Statistics compiled by the Government of India from the reports of provincial Civil Veterinary Departments
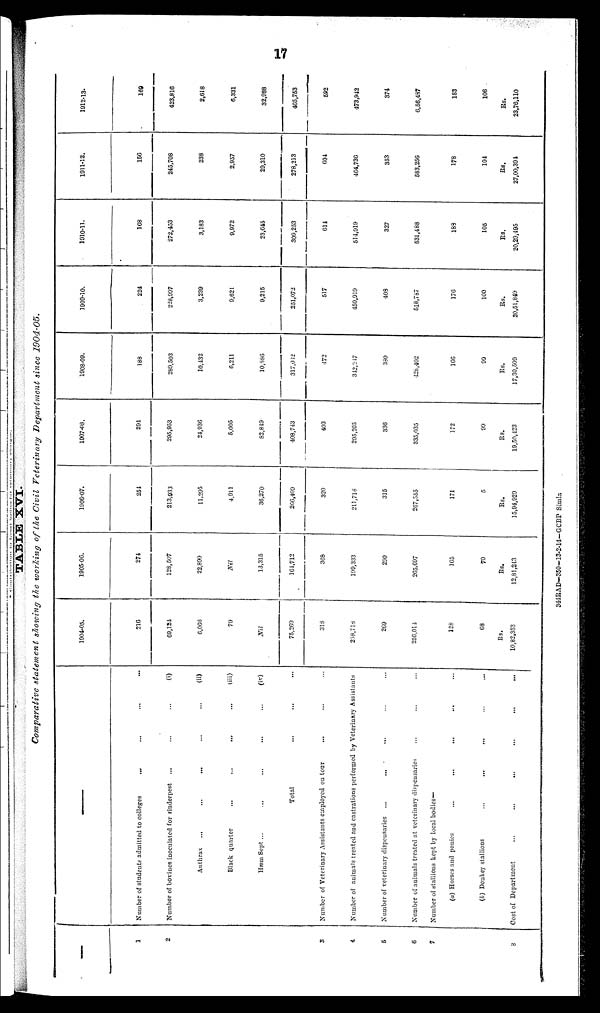
17
TABLE XVI.
Comparative statement showing the working of the Civil Veterinary Department since 1904-05.
—
1
2
3
4
5
6
7
8
—
Number of students admitted to colleges ... ... ...
Number of bovines inoculated for rinderpest
...
...
(i)
Anthrax
...
...
...
...
...
...
(ii)
Black quarter
...
...
...
...
...
...
...
(iii)
Hæm Sept ...
...
...
...
(iv)
Total ... ......
Number of Veterinary Assistants employed on tour ... ... ... ... ...
Number of animals treated and castrations performed by Veterinary Assistants
Number of veterinary dispensaries
...
...
...
...
Number of animals treated at veterinary dispensaries ... ... ...
Number of stallions kept by local bodies—
(a) Horses and ponies
...
...
...
... ...
(b) Donkey stallions ... ... ... ... ...
Cost of Department
...
...
...
...
...
1904-05.
216
69,124
6,066
79
Nil
75,269
318
258,718
269
256,014
128
68
Rs.
10,82,353
1905-06.
274
128,507
22,890
Nil
13,315
164,712
368
199,333
290
265,697
165
70
Rs.
12,81,243
1906-07.
254
213,933
11,295
4,911
36,270
266,409
320
211,718
315
267,555
171
5
Rs.
15,94,929
1907-08.
294
295,953
24,936
5,005
82,849
408,743
403
295,205
336
335,035
172
99
Rs.
19,50,123
1908-09.
188
289,503
10,432
6,211
10,586
317,082
472
342,217
380
428,402
166
99
Rs.
17,30,509
1909-10.
224
228,997
3,239
9,621
9,215
251,072
517
450,919
408
518,787
176
100
Rs.
20,51,849
1910-11.
168
272,453
3,183
9,972
23,645
309,253
614
514,919
327
531,488
188
105
Rs.
20,29,495
1911-12.
156
245,708
238
2,957
29,310
278,213
604
464,736
353
583,256
178
104
Rs.
27,00,394
1912-13.
169
423,816
2,618
6,331
32,988
465,753
592
473,942
374
6,56,487
183
106
Rs.
23,76,110
344RAD-350-13-2-14-GCBP Simla